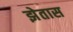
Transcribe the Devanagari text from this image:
झेतास